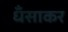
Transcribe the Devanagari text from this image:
धँसाकर